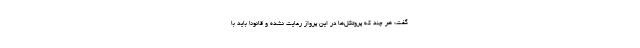
گفت: هر چند که پروتکل‌ها در این پرواز رعایت نشده و قانونا باید با